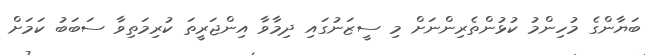
ބަޔާންގެ މުހިންމު ކުޅުންތެރިންނަށް މި ސީޒަނުގައި ދިމާވާ އިންޖަރީތަ ކުރިމަތިވާ ސަބަބު ކަމަށް